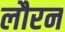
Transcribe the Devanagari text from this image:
लौरन